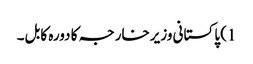
1) پاکستانی وزیرخارجہ کا دورہ کابل۔